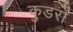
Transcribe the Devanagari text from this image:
कुडरो